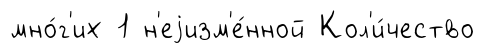
мно́г'их 1 н'еjизм'е́нной Кол'и́чество